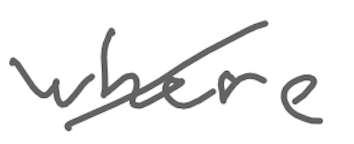
Text: where
Cross-out: diagonal
Writing tool: digital_gray